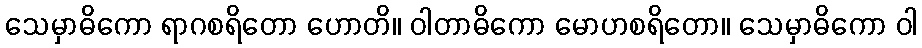
သေမှာဓိကော ရာဂစရိတော ဟောတိ။ ဝါတာဓိကော မောဟစရိတော။ သေမှာဓိကော ဝါ